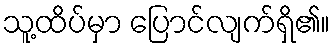
သူ့ထိပ်မှာ ပြောင်လျက်ရှိ၏။